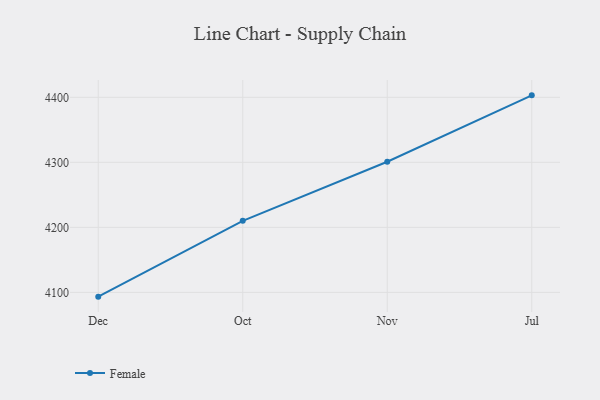
{"axis": {"x": "Month", "y": "Churn Rate (%)"}, "legend": ["Female"], "data": [{"x": "Dec", "y": 4093.4, "type": "Female"}, {"x": "Oct", "y": 4210.0, "type": "Female"}, {"x": "Nov", "y": 4300.9, "type": "Female"}, {"x": "Jul", "y": 4403.0, "type": "Female"}]}